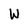
Character: W